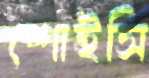
শোইসি